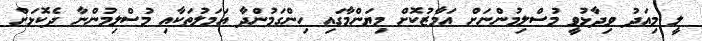
ލީ މިއަދު ވިދާޅުވީ މުސްލިމުންނަށް އަމާޒުކޮށް މިޔަންމާގައި ހިންގަމުންދާ އަމަލުތަކާއި މުސްލިމުންނާ ދެކޮޅަށް